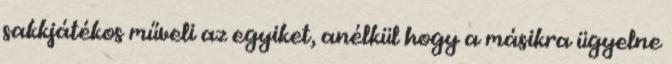
sakkjátékos műveli az egyiket, anélkül hogy a másikra ügyelne